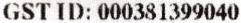
GST ID: 000381399040